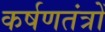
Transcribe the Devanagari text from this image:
कर्षणतंत्रों